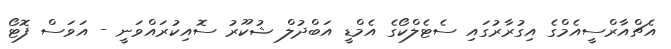
އެޗްއާރްސީއެމްގެ އިގުރާރުގައި ސެޓެލްކޯގެ އެމްޑީ އަބްދުލް ޝުކޫރު ސޮއިކުރައްވަނީ - އަވަސް ފޮޓޯ